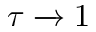
\tau \xrightarrow { } 1